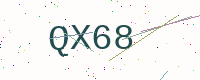
Text: QX68